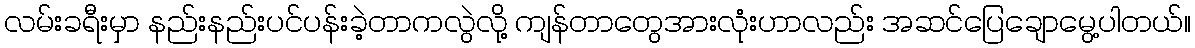
လမ်းခရီးမှာ နည်းနည်းပင်ပန်းခဲ့တာကလွဲလို့ ကျန်တာတွေအားလုံးဟာလည်း အဆင်ပြေချောမွေ့ပါတယ်။